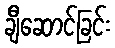
ချီဆောင်ခြင်း